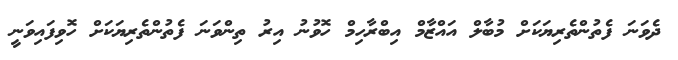
ދެވަނަ ފެތުންތެރިޔަކަށް މުބާލް އައްޒާމް އިބްރާހިމް ހޮވުނު އިރު ތިންވަނަ ފެތުންތެރިޔަކަށް ހޮވިފައިވަނީ